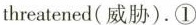
threatened(威胁).①